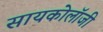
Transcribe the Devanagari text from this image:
सायकोलॉजी